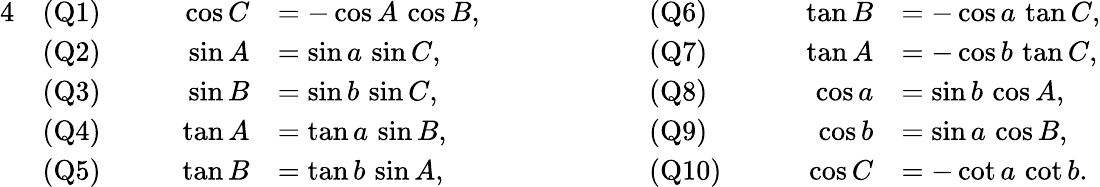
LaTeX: {\begin{array}{rlrlrlrl}{{4}}&{{\mathrm{(Q1)}}}&{\qquad\cos C}&{=-\cos A\, \cos B,}&{\qquad\qquad}&{{\mathrm{(Q6)}}}&{\qquad\tan B}&{=-\cos a\, \tan C,}\\ &{{\mathrm{(Q2)}}}&{\sin A}&{=\sin a\, \sin C,}&&{{\mathrm{(Q7)}}}&{\tan A}&{=-\cos b\, \tan C,}\\ &{{\mathrm{(Q3)}}}&{\sin B}&{=\sin b\, \sin C,}&&{{\mathrm{(Q8)}}}&{\cos a}&{=\sin b\, \cos A,}\\ &{{\mathrm{(Q4)}}}&{\tan A}&{=\tan a\, \sin B,}&&{{\mathrm{(Q9)}}}&{\cos b}&{=\sin a\, \cos B,}\\ &{{\mathrm{(Q5)}}}&{\tan B}&{=\tan b\, \sin A,}&&{{\mathrm{(Q10)}}}&{\cos C}&{=-\cot a\, \cot b.}\end{array}}